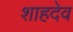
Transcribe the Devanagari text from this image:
शाहदेव